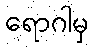
ရောဂါမှ